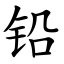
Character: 铅